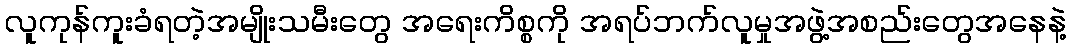
လူကုန်ကူးခံရတဲ့အမျိုးသမီးတွေ အရေးကိစ္စကို အရပ်ဘက်လူမှုအဖွဲ့အစည်းတွေအနေနဲ့